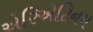
એરિએટિનમ